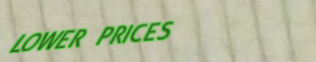
LOWER PRICES